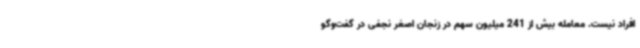
افراد نیست. معامله بیش از 241 میلیون سهم در زنجان اصغر نجفی در گفت‌وگو